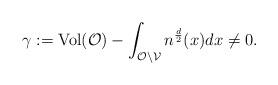
LaTeX: \begin{align*}\gamma:= \operatorname{Vol}(\mathcal O) - \int_{\mathcal O \backslash \mathcal V}n^{\frac d 2}(x)dx \neq 0.\end{align*}